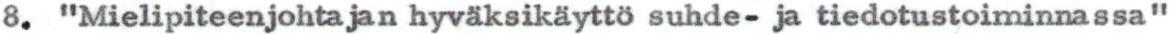
8. "Mielipiteenjohtajan hyväksikäyttö suhde- ja tiedotustoiminnassa"